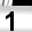
Digit: 1